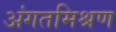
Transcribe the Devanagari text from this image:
अंगतमिश्रण